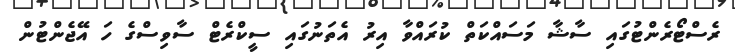
ރެސްޓޯރެންޓުގައި ސާޝާ މަސައްކަތް ކުރައްވާ އިރު އެތަނުގައި ސީކްރެޓް ސާވިސްގެ ހަ އޭޖެންޓުން